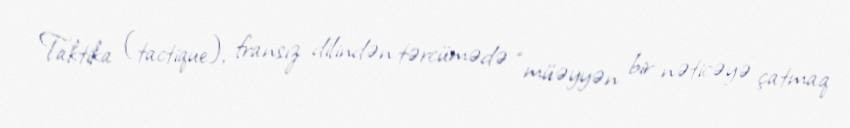
Taktika (tactique), fransız dilindən tərcümədə “müəyyən bir nəticəyə çatmaq